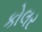
કોલર